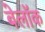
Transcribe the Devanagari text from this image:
बेलॉक